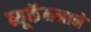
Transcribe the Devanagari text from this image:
ब्यूकॅननाने